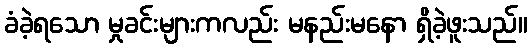
ခံခဲ့ရသော မှုခင်းများကလည်း မနည်းမနော ရှိခဲ့ဖူးသည်။